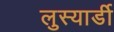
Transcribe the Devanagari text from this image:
लुस्यार्डी